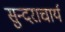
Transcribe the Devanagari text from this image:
सुन्दराचार्य